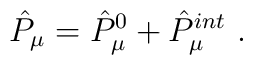
\hat{P}_{\mu}= \hat{P}^0_{\mu} +\hat{P}^{int}_{\mu}\ .